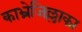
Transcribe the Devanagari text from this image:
काभ्रेजिल्लाका